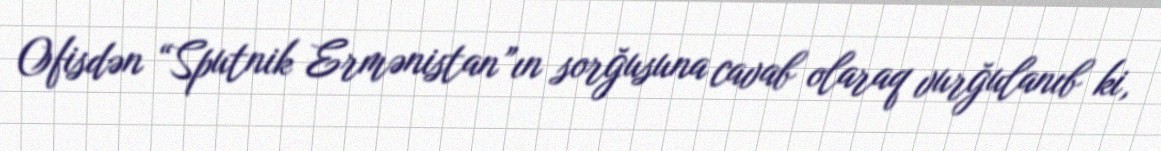
Ofisdən “Sputnik Ermənistan”ın sorğusuna cavab olaraq vurğulanıb ki,